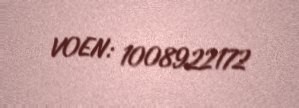
VOEN: 1008922172